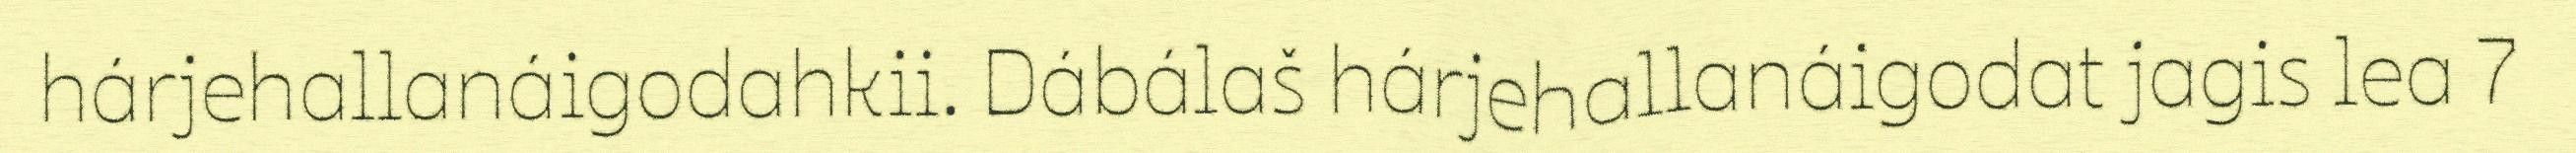
hárjehallanáigodahkii. Dábálaš hárjehallanáigodat jagis lea 7